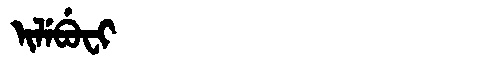
Manchu: ᡳᠯᡝᠪᡠᠸᡳ
Romanization: ILEBUFI